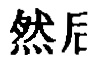
然后